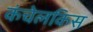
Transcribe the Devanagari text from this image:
कंचेलकिस